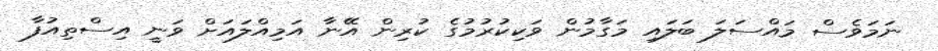
ނަމަވެސް މައްސަލަ ބަލައި މަގާމުން ވަކިކުރުމުގެ ކުރިން އޭނާ އަމިއްލައަށް ވަނީ އިސްތިއުފާ